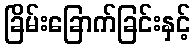
ခြိမ်းခြောက်ခြင်းနှင့်